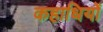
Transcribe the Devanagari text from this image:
कहाधियों